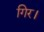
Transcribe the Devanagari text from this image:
गिर।